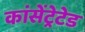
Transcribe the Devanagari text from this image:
कांसेंट्रेटेड